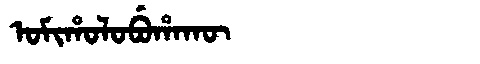
Manchu: ᠣᠮᡳᡥᠣᠯᠣᠪᡠᡥᠠᡴᡡ
Romanization: OMIHOLOBUHAKŪ